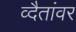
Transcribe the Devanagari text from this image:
व्दैतांवर